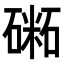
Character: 𥕝